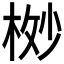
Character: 𬂸